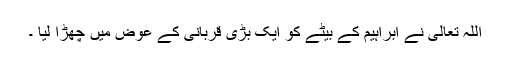
اللہ تعالیٰ نے ابراہیم کے بیٹے کو ایک بڑی قربانی کے عوض میں چھڑا لیا ۔